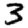
Digit: 3